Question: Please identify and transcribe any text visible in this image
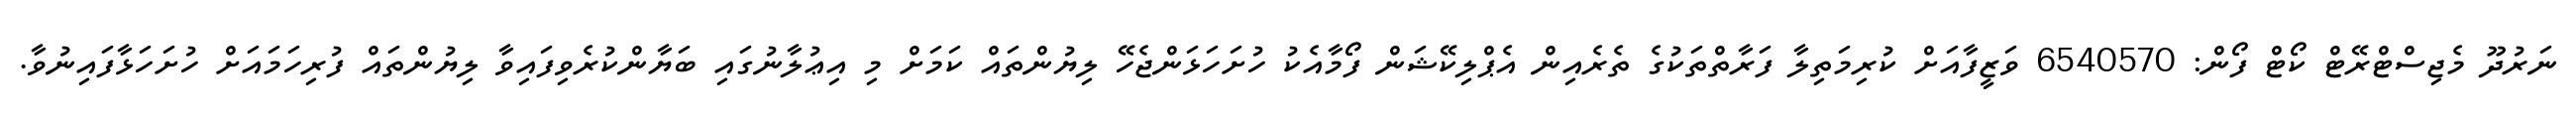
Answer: ނަރުދޫ މެޖިސްޓްރޭޓް ކޯޓް ފޯން: 6540570 ވަޒީފާއަށް ކުރިމަތިލާ ފަރާތްތަކުގެ ތެރެއިން އެޕްލިކޭޝަން ފޯމާއެކު ހުށަހަޅަންޖެހޭ ލިޔުންތައް ކަމަށް މި އިޢުލާނުގައި ބަޔާންކުރެވިފައިވާ ލިޔުންތައް ފުރިހަމައަށް ހުށަހަޅާފައިނުވާ.